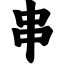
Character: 串